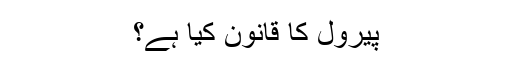
پیرول کا قانون کیا ہے؟